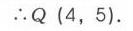
\(\therefore Q\ (4,5)\)